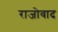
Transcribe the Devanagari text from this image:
राजोवाद